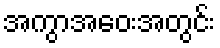
အကွာအဝေးအတွင်း